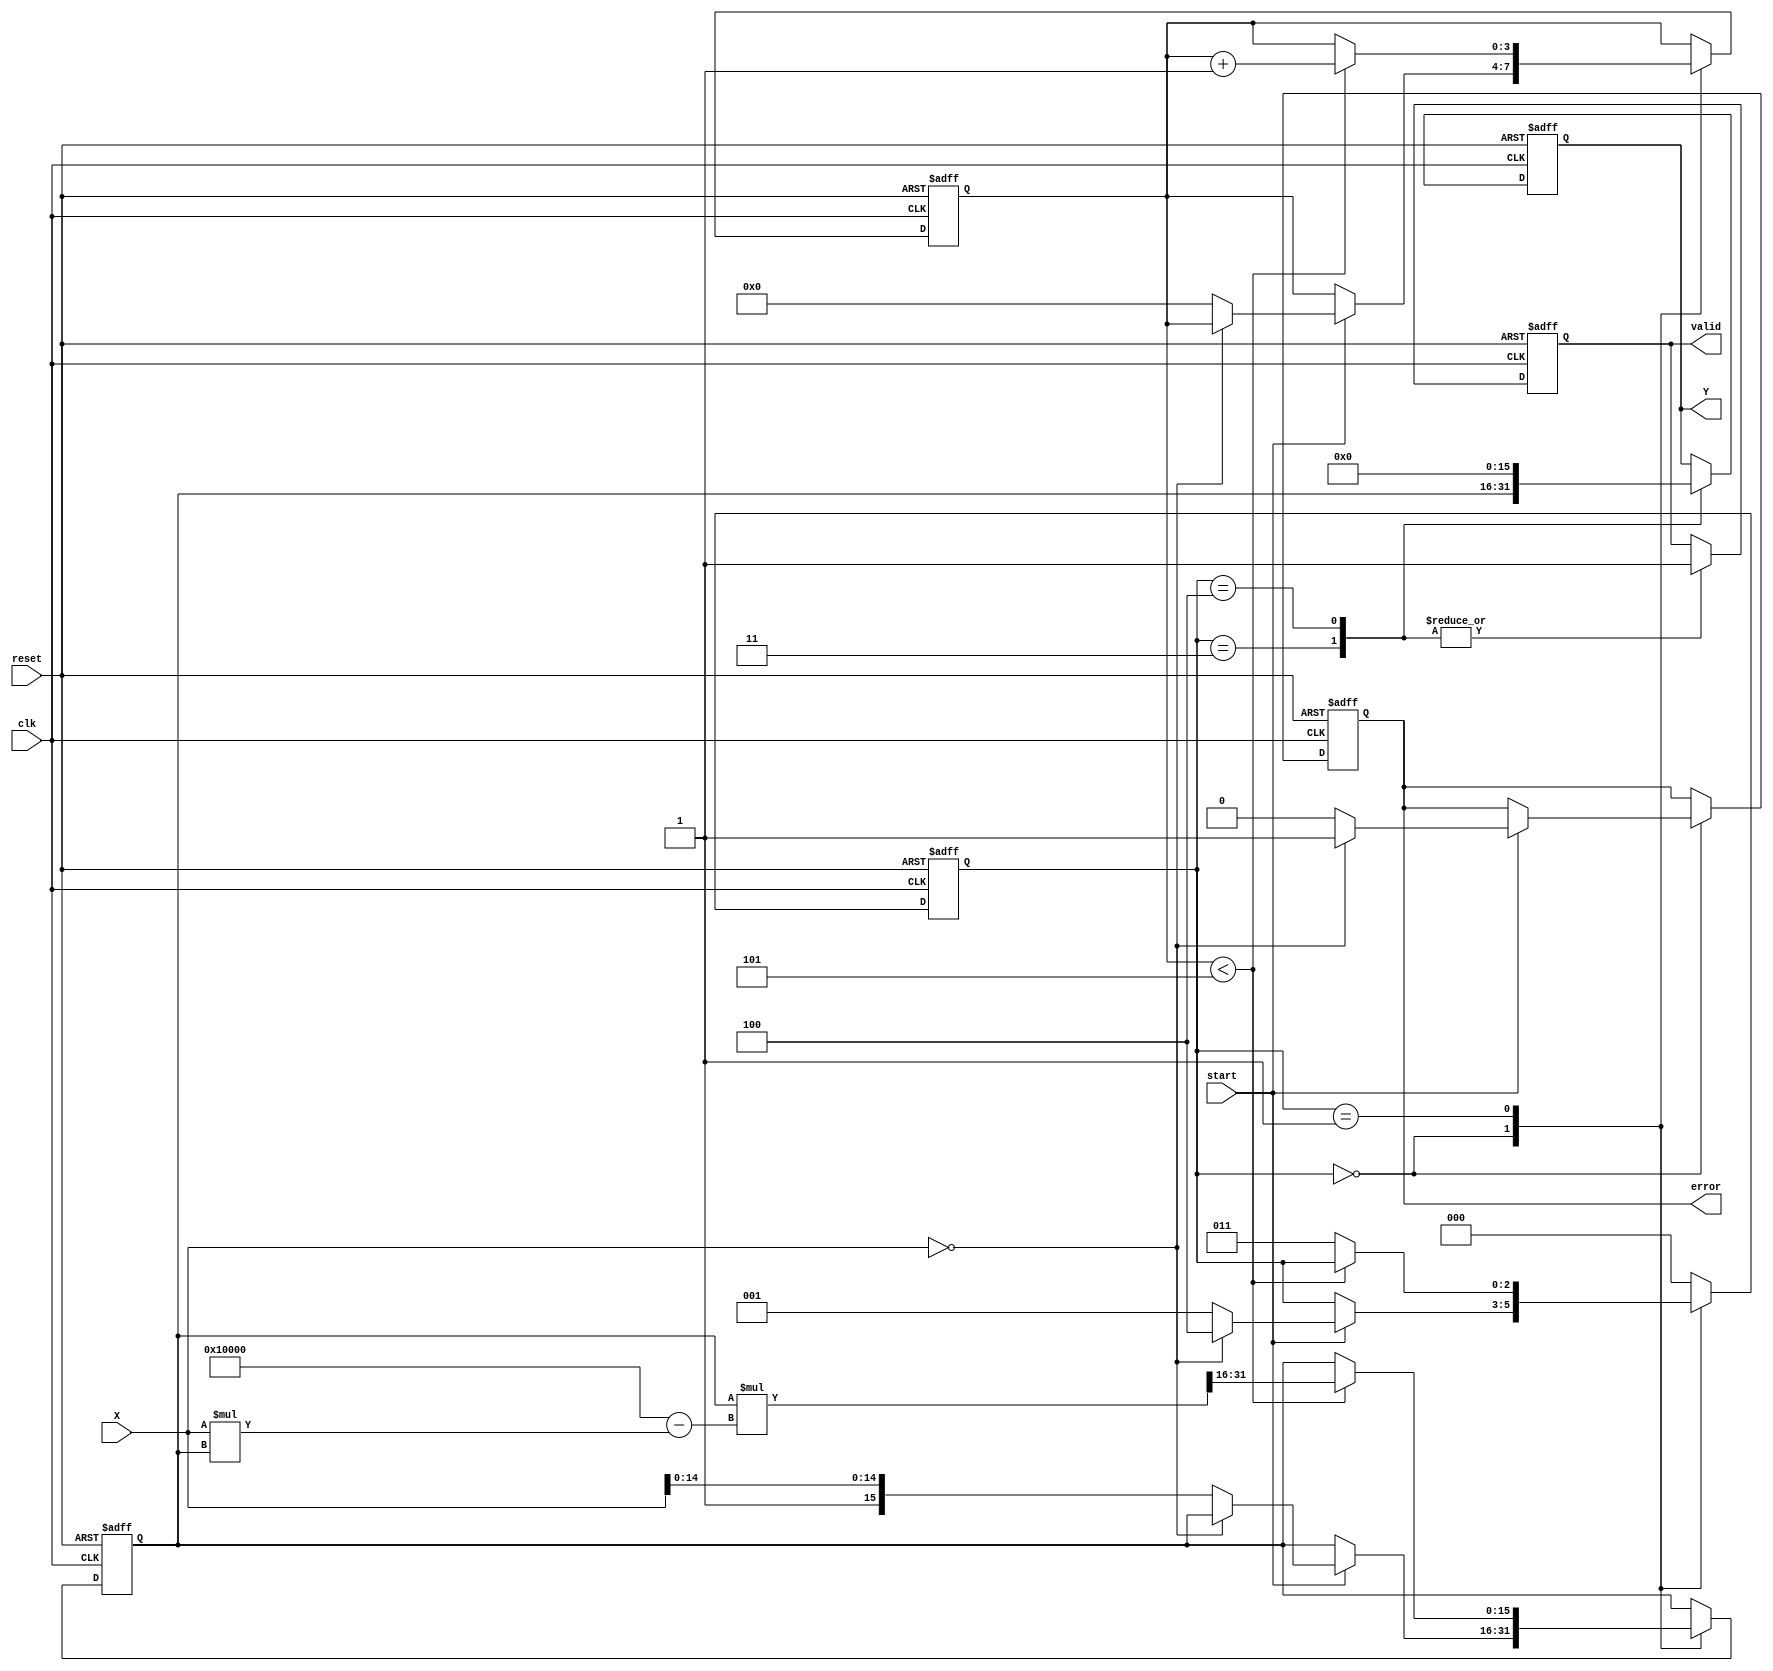
module DirectReciprocalUnit #(
    parameter DATA_WIDTH = 16, // Width of input data
    parameter ITERATIONS = 5    // Number of Newton-Raphson iterations
)(
    input wire clk,
    input wire reset,
    input wire start,
    input wire [DATA_WIDTH-1:0] X, // Input Value
    output reg [DATA_WIDTH-1:0] Y,  // Reciprocal Result
    output reg valid,                // Valid output signal
    output reg error                 // Error flag
);

    reg [DATA_WIDTH-1:0] approximated_value; // Stores the intermediate reciprocal value
    reg [2:0] state; // State variable for FSM
    reg [3:0] count; // Counter for iterations

    // State encoding
    localparam IDLE = 3'b000,
               COMPUTE = 3'b001,
               CHECK = 3'b010,
               OUTPUT = 3'b011,
               ERROR_STATE = 3'b100;

    // FSM for control signals
    always @(posedge clk or posedge reset) begin
        if (reset) begin
            state <= IDLE;
            valid <= 0;
            error <= 0;
            Y <= 0;
            approximated_value <= 0;
            count <= 0;
        end else begin
            case (state)
                IDLE: begin
                    if (start) begin
                        if (X == 0) begin
                            state <= ERROR_STATE;
                            error <= 1; // Set error flag for zero division
                        end else begin
                            approximated_value <= {1'b1, X[DATA_WIDTH-2:0]}; // Initial guess
                            count <= 0;
                            state <= COMPUTE;
                            error <= 0; // Clear the error flag
                        end
                    end
                end
                
                COMPUTE: begin
                    if (count < ITERATIONS) begin
                        approximated_value <= approximated_value * (2**DATA_WIDTH - X * approximated_value) >> DATA_WIDTH;
                        count <= count + 1;
                    end else begin
                        state <= OUTPUT;
                    end
                end
                
                OUTPUT: begin
                    Y <= approximated_value;
                    valid <= 1; // Indicate output is valid
                    state <= IDLE; // Go back to IDLE state
                end
                
                ERROR_STATE: begin
                    Y <= 0; // Output zero for error case
                    valid <= 1; // Output valid signal
                    state <= IDLE; // Go back to IDLE state
                end
                
                default: begin
                    state <= IDLE;
                end
            endcase
        end
    end
endmodule